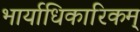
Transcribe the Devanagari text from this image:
भार्याधिकारिकम्